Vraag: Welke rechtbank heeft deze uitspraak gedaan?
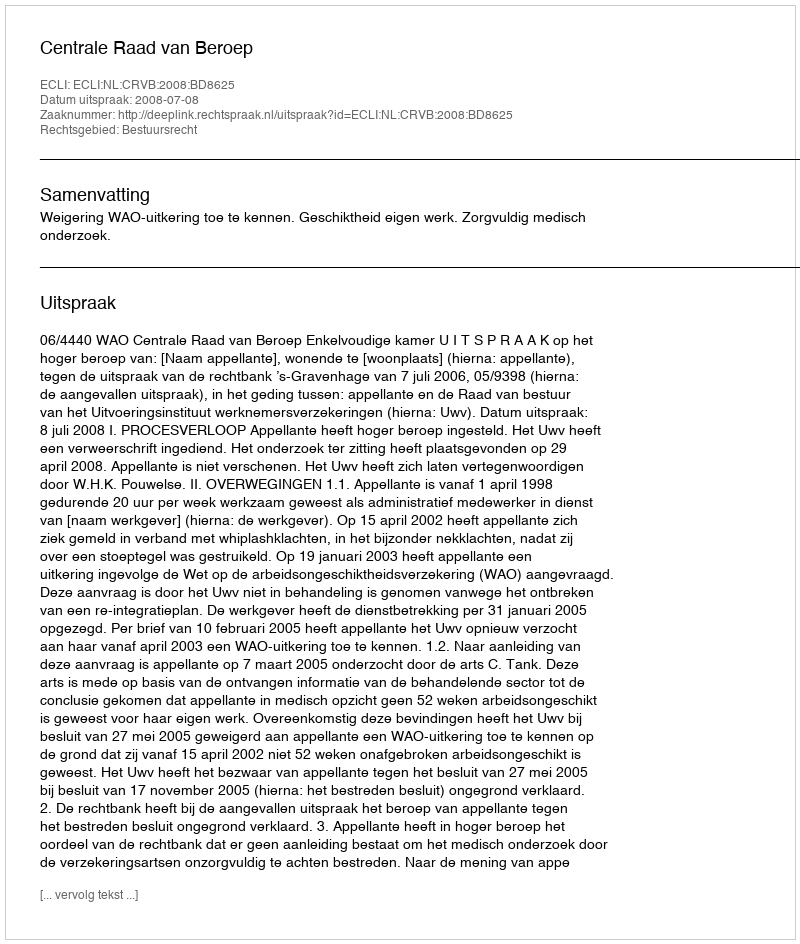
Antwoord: Centrale Raad van Beroep